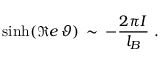
\sinh ( \Re e \, \vartheta ) \, \sim \, - \frac { 2 \pi I } { l _ { B } } \, \, .